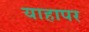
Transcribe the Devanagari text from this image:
याहापर